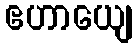
ဧဟာယျေ